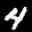
Label: 4